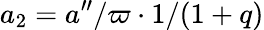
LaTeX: a_{2}=a^{\prime\prime}/\varpi\cdot 1/(1+q)